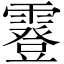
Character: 霯